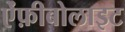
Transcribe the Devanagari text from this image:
ऐंफ़ीबोलाइट